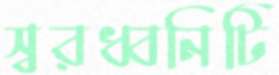
স্বরধ্বনিটি